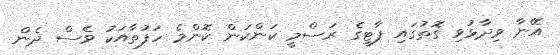
އޭނާ ވިދާޅުވި ގޮތުގައި ޕާޓީގެ ރަސްމީ ކަންކަން ކޮންމެ ހަފުތާއަކު ވެސް ދެން